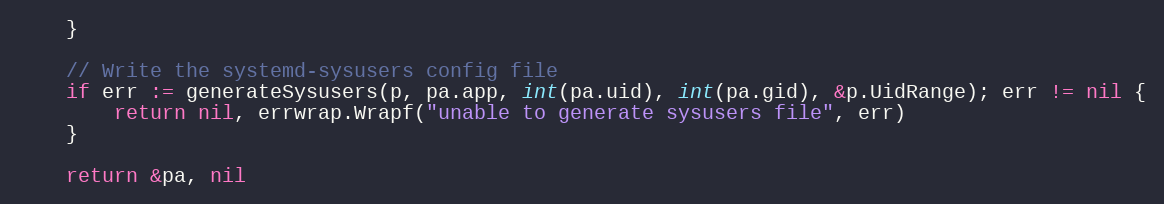
Language: Go
	}

	// Write the systemd-sysusers config file
	if err := generateSysusers(p, pa.app, int(pa.uid), int(pa.gid), &p.UidRange); err != nil {
		return nil, errwrap.Wrapf("unable to generate sysusers file", err)
	}

	return &pa, nil